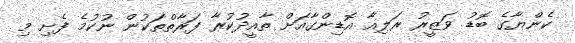
ކެންޔާގެ ބޮޑު ވަޒީރު ރަލިއާ އޮޑިންގާއަށް ތާއީދުކުރާ ފަރާތްތަކުން ނުކުމެ ފެށި މި